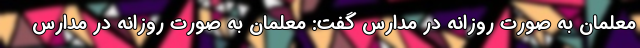
معلمان به صورت روزانه در مدارس گفت: معلمان به صورت روزانه در مدارس